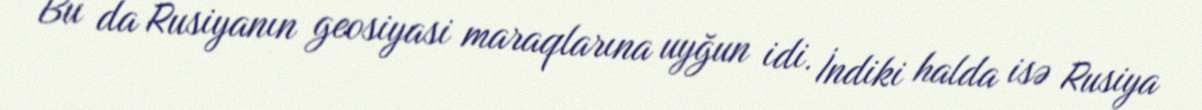
Bu da Rusiyanın geosiyasi maraqlarına uyğun idi. İndiki halda isə Rusiya